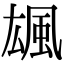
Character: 䫺